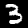
Digit: 3